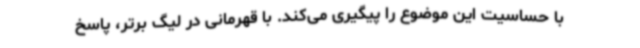
با حساسیت این موضوع را پیگیری می‌کند. با قهرمانی در لیگ برتر، پاسخ